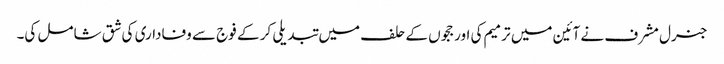
جنرل مشرف نے آئین میں ترمیم کی اور ججوں کے حلف میں تبدیلی کر کے فوج سے وفاداری کی شق شامل کی۔